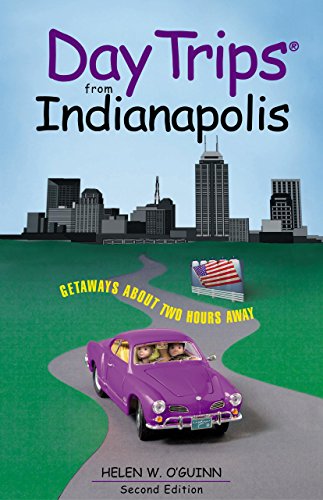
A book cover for Day Trips from Indianapolis, 2nd: Getaways About Two Hours Away (Day Trips Series); Helen W. O'Guinn; Travel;